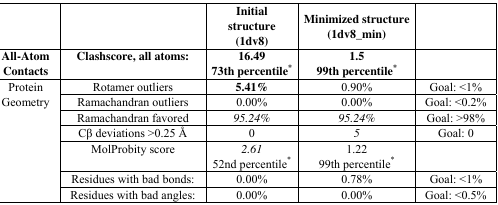
<table><thead><tr><td></td><td></td><td><b>Initial structure (1dv8)</b></td><td><b>Minimized structure (1dv8_min)</b></td><td></td></tr><tr><td><b>All-Atom Contacts</b></td><td><b>Clashscore, all atoms:</b></td><td><b>16.4973th percentile*</b></td><td><b>1.599th percentile*</b></td><td></td></tr></thead><tbody><tr><td rowspan="7">Protein Geometry</td><td>Rotamer outliers</td><td><b>5.41%</b></td><td>0.90%</td><td>Goal: &lt;1%</td></tr><tr><td>Ramachandran outliers</td><td>0.00%</td><td>0.00%</td><td>Goal: &lt;0.2%</td></tr><tr><td>Ramachandran favored</td><td><i>95.24%</i></td><td><i>95.24%</i></td><td>Goal: &gt;98%</td></tr><tr><td>Cβ deviations &gt;0.25 Å</td><td>0</td><td><i>5</i></td><td>Goal: 0</td></tr><tr><td>MolProbity score</td><td><i>2.61</i>52nd percentile*</td><td>1.2299th percentile*</td><td></td></tr><tr><td>Residues with bad bonds:</td><td>0.00%</td><td>0.78%</td><td>Goal: &lt;1%</td></tr><tr><td>Residues with bad angles:</td><td>0.00%</td><td>0.00%</td><td>Goal: &lt;0.5%</td></tr></tbody></table>